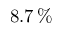
8 . 7 \, \%